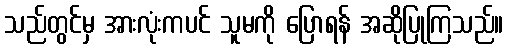
သည်တွင်မှ အားလုံးကပင် သူမကို ပြောရန် အဆိုပြုကြသည်။